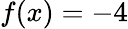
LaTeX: f(x)=-4